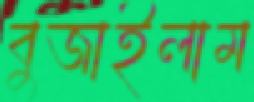
বুজাইলাম